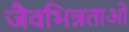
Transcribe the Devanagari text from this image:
जैवभिन्नताओं